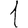
Digit: 1